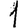
Digit: 1